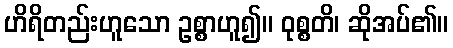
ဟိရိတည်းဟူသော ဥစ္စာဟူ၍။ ဝုစ္စတိ၊ ဆိုအပ်၏။